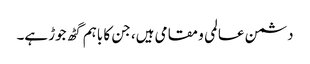
دشمن عالمی و مقامی ہیں، جن کا باہم گٹھ جوڑ ہے۔